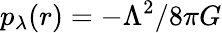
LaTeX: p_{\lambda}(r)=-\Lambda^{2}/8\pi G